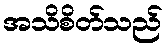
အသိစိတ်သည်